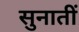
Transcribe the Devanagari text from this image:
सुनातीं